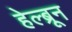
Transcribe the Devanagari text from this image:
हेल्ब्रून